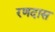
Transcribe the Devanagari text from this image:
रणदास